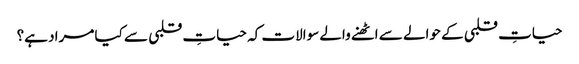
حیاتِ قلبی کے حوالے سے اٹھنے والے سوالات کہ حیاتِ قلبی سے کیا مراد ہے؟